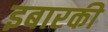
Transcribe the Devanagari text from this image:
इबारकी